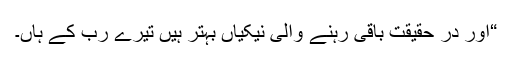
“اور در حقیقت باقی رہنے والی نیکیاں بہتر ہیں تیرے رب کے ہاں۔